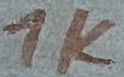
Text: 1K